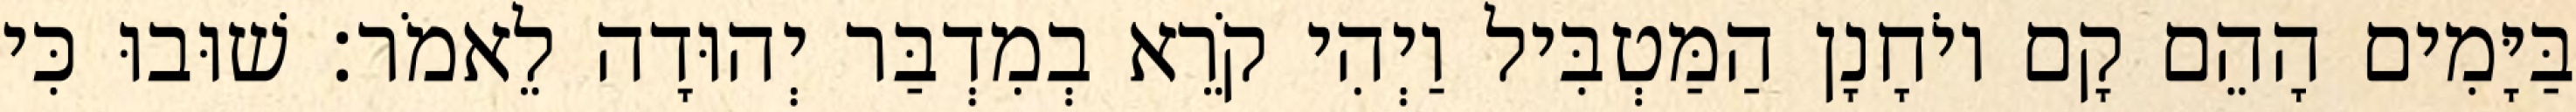
בַּיָּמִים הָהֵם קָם יוֹחָנָן הַמַּטְבִּיל וַיְהִי קֹרֵא בְמִדְבַּר יְהוּדָה לֵאמֹר׃ שׁוּבוּ כִּי